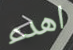
اهدء